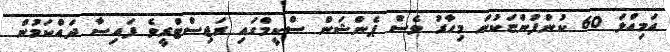
އަމިއްލަ 60 ކުންފުންޏަކުން މިހާރު ވެސް ޕެންޝަން ސްކީމްގައި ރަޖިސްޓްރީވެ ފައިސާ ދައްކަމުން